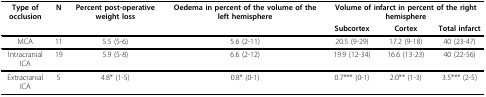
<table><thead><tr><td><b>Type of occlusion</b></td><td><b>N</b></td><td><b>Percent post-operative weight loss</b></td><td><b>Oedema in percent of the volume of the left hemisphere</b></td><td colspan="3"><b>Volume of infarct in percent of the right hemisphere</b></td></tr><tr><td></td><td></td><td></td><td></td><td><b>Subcortex</b></td><td><b>Cortex</b></td><td><b>Total infarct</b></td></tr></thead><tbody><tr><td>MCA</td><td>11</td><td>5.5 (5-6)</td><td>5.6 (2-11)</td><td>20.5 (9-29)</td><td>17.2 (9-18)</td><td>40 (23-47)</td></tr><tr><td>Intracranial ICA</td><td>19</td><td>5.9 (5-8)</td><td>6.6 (2-12)</td><td>19.9 (12-34)</td><td>16.6 (13-23)</td><td>40 (22-56)</td></tr><tr><td>Extracranial ICA</td><td>5</td><td>4.8* (1-5)</td><td>0.8* (0-1)</td><td>0.7*** (0-1)</td><td>2.0** (1-3)</td><td>3.5*** (2-5)</td></tr></tbody></table>